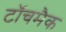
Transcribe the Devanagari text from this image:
टॉचमैक